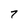
Character: 7